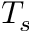
T _ { s }